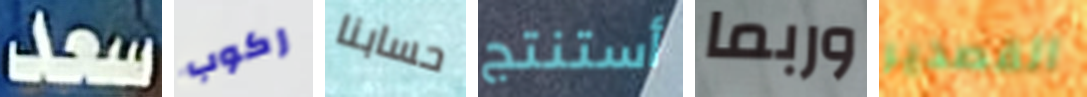
سعد ركوب حسابنا أستنتج وربما القصدير